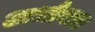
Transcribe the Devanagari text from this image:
अभोक्ता